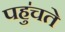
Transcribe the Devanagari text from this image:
पहु॑चते